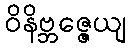
ဝိနိဗ္ဘဇ္ဇေယျ